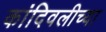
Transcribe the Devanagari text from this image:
कांदिवलीच्या